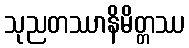
သုညတဿာနိမိတ္တဿ